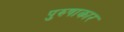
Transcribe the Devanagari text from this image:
पुरुषाकार